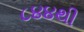
૮૪૪થી